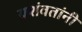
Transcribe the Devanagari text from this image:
यशंवतांनी